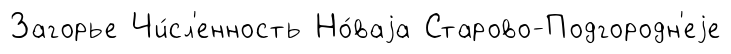
Загорье Чи́сл'енность Но́ваjа Старово-Подгородн'еjе